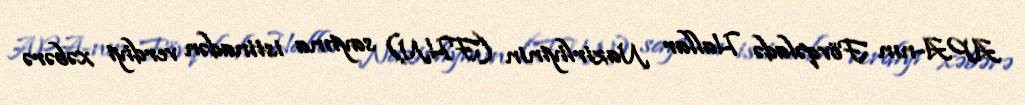
APA-nın Fövqəladə Hallar Nazirliyinin (FHN) saytına istinadən verdiyi xəbərə